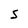
Character: 5